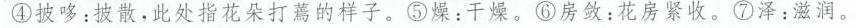
④披哆：披散，此处指花朵打蔫的样子。⑤燥：干燥。⑥房敛：花房紧收。⑦泽：滋润。